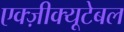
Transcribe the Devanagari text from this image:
एक्ज़ीक्यूटेबल